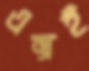
এক্সই